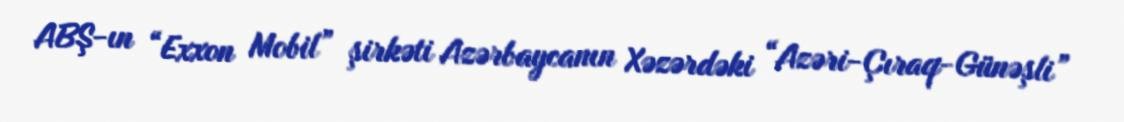
ABŞ-ın “Exxon Mobil” şirkəti Azərbaycanın Xəzərdəki “Azəri-Çıraq-Günəşli”